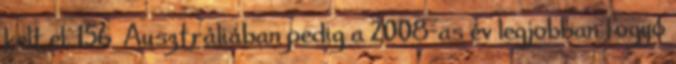
kelt el, 156 Ausztráliában pedig a 2008-as év legjobban fogyó